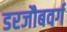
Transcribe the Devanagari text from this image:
डरजौबवर्ग